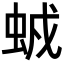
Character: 𧊥